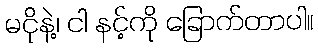
မငိုနဲ့၊ ငါ နင့်ကို ခြောက်တာပါ။